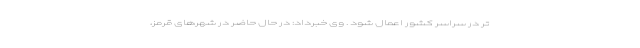
تر در سراسر کشور اعمال شود . وی خبرداد: در حال حاضر در شهرهای قرمز،